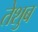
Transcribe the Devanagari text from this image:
तेशुब